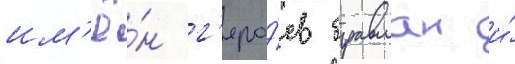
им'ё́н г'еро́ев бравман и́